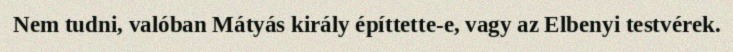
Nem tudni, valóban Mátyás király építtette-e, vagy az Elbenyi testvérek.